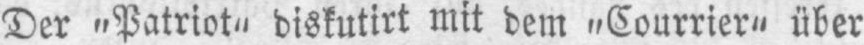
Der „Patriot“ diskutirt mit dem „Courrier“ über